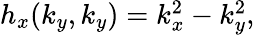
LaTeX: \begin{array}{r}{h_{x}(k_{y},k_{y})=k_{x}^{2}-k_{y}^{2},}\end{array}